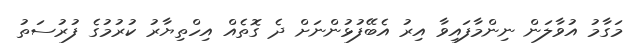
މަގާމު އުވާލަން ނިންމާފައިވާ އިރު އެބޭފުޅުންނަށް ދެ ގޮތެއް އިހްތިޔާރު ކުރުމުގެ ފުރުސަތު